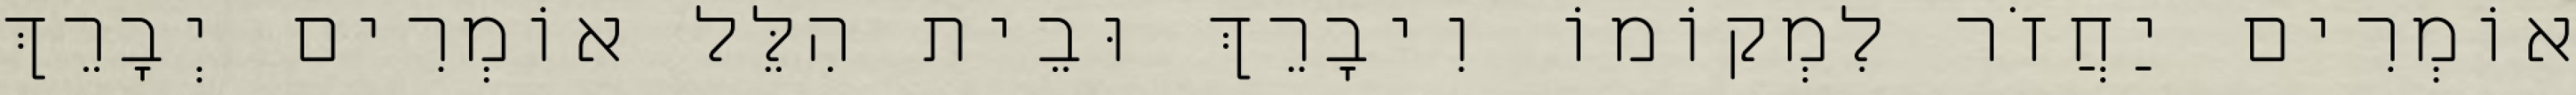
אוֹמְרִים יַחֲזֹר לִמְקוֹמוֹ וִיבָרֵךְ וּבֵית הִלֵּל אוֹמְרִים יְבָרֵךְ